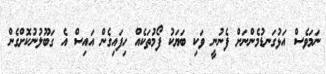
ނަމަވެސް އަޅުގަނޑުމެންނަށް ފެނުނީ ވަކި ބަޔަކު ފޯމުތަކެއް ހިފައިގެން އައިސް އެ ގަބޫލުނުކޮށްގެން